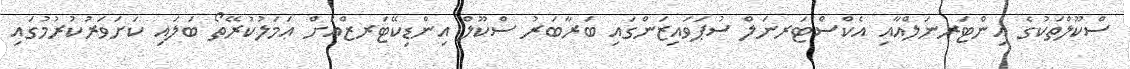
ސްކޫލްތަކުގެ އިންޓަރނަލްއާއި އެކްސްޓަރނަލް ސުޕަވައިޒަންގައި ބަރާބަރު ސްކޫލް އިންޑިކޭޓަރޒްއަށް ޢަމަލުކުރޭތޯ ބަލައި ކަށަވަރުކުރުމުގައި